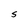
Character: S